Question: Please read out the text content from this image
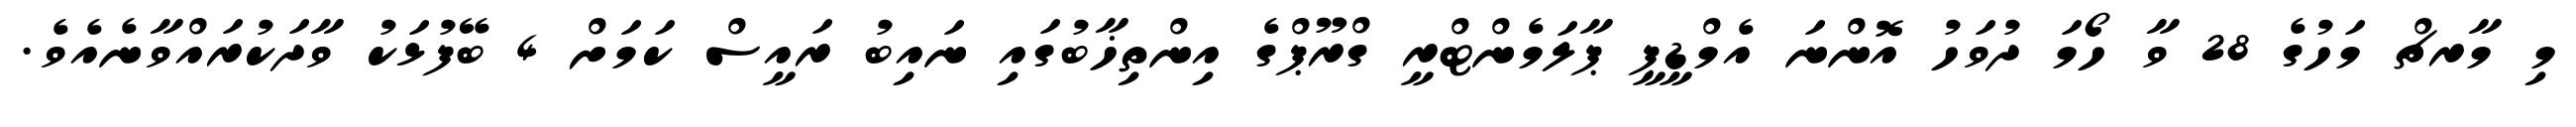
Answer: މި މާރޗް މަހުގެ 28 ވާ ހޯމަ ދުވަހު އޮންނަ އެމްޑީޕީ ޕާލަމެންޓްރީ ގްރޫޕްގެ އިންތިޚާބުގައި ނައިބު ރައީސް ކަމަށް 4 ބޭފުޅަކު ވާދަކުރައްވާނެއެވެ.